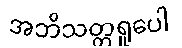
အဘိသတ္တရူပေါ